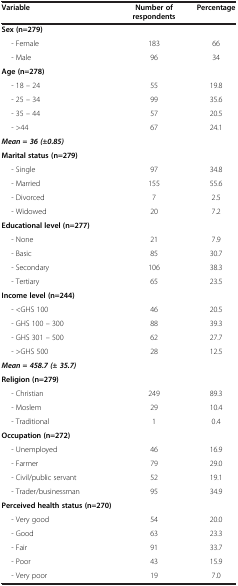
| Variable | Number of respondents | Percentage |
 | --- | --- | --- |
 | Sex (n=279) |  |  |
 | - Female | 183 | 66 |
 | - Male | 96 | 34 |
 | Age (n=278) |  |  |
 | - 18 – 24 | 55 | 19.8 |
 | - 25 – 34 | 99 | 35.6 |
 | - 35 – 44 | 57 | 20.5 |
 | - >44 | 67 | 24.1 |
 | Mean = 36 (±0.85) |  |  |
 | Marital status (n=279) |  |  |
 | - Single | 97 | 34.8 |
 | - Married | 155 | 55.6 |
 | - Divorced | 7 | 2.5 |
 | - Widowed | 20 | 7.2 |
 | Educational level (n=277) |  |  |
 | - None | 21 | 7.9 |
 | - Basic | 85 | 30.7 |
 | - Secondary | 106 | 38.3 |
 | - Tertiary | 65 | 23.5 |
 | Income level (n=244) |  |  |
 | - <GHS 100 | 46 | 20.5 |
 | - GHS 100 – 300 | 88 | 39.3 |
 | - GHS 301 – 500 | 62 | 27.7 |
 | - >GHS 500 | 28 | 12.5 |
 | Mean = 458.7 (± 35.7) |  |  |
 | Religion (n=279) |  |  |
 | - Christian | 249 | 89.3 |
 | - Moslem | 29 | 10.4 |
 | - Traditional | 1 | 0.4 |
 | Occupation (n=272) |  |  |
 | - Unemployed | 46 | 16.9 |
 | - Farmer | 79 | 29.0 |
 | - Civil/public servant | 52 | 19.1 |
 | - Trader/businessman | 95 | 34.9 |
 | Perceived health status (n=270) |  |  |
 | - Very good | 54 | 20.0 |
 | - Good | 63 | 23.3 |
 | - Fair | 91 | 33.7 |
 | - Poor | 43 | 15.9 |
 | - Very poor | 19 | 7.0 |